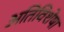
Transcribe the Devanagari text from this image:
अतिविशेषा